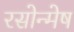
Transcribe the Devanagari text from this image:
रसोन्मेष